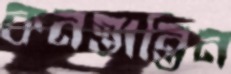
কনস্তান্তিন